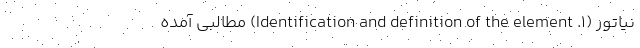
نیاتور (۱. Identification and definition of the element) مطالبی آمده